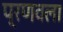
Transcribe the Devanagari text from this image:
प्रणवला